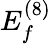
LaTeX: E_{f}^{(8)}